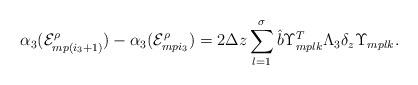
LaTeX: \begin{align*} \alpha_3(\mathcal{E}_{mp(i_3+1)}^{\rho})- \alpha_3(\mathcal{E}_{mpi_3}^{\rho})=2\Delta z\sum_{l=1}^{\sigma}\hat{b}\Upsilon_{mplk}^T\Lambda_3\delta_z\Upsilon_{mplk}. \end{align*}